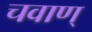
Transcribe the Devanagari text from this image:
चवाण्